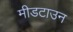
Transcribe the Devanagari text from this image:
मीडटाउन